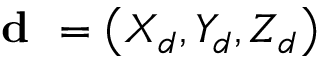
\textbf { d } = \left( X _ { d } , Y _ { d } , Z _ { d } \right)